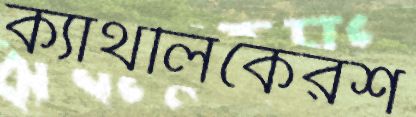
ক্যাথলিকেরশ